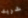
شريك